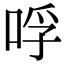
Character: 哹